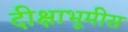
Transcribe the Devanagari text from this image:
दीक्षाभूमीस